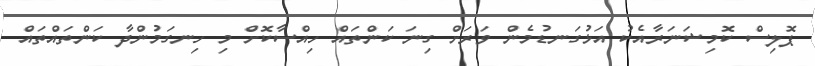
ޕޮލިސް ކޮމިޝަނަރާއެކު އަޅުގަނޑުމެން ވަރަށް ގިނަ ކަންތައް ހިއްސާކޮށް މި ހިނގަމުންދާ ކަންތައްތައް